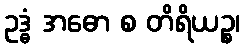
ဥဒ္ဓံ အဓော စ တိရိယဉ္စ၊